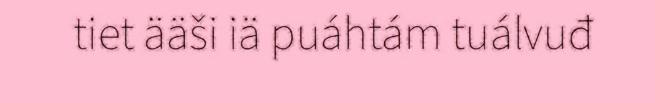
tiet ääši iä puáhtám tuálvuđ